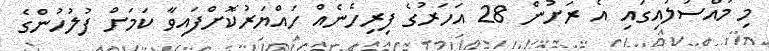
މި މައްސަލައިގައި އެ ރަށުން 28 އަހަރުގެ ފިރިހެނެއް ހައްޔަރުކޮށްފައިވާ ކަމަށް ފުލުހުންގެ